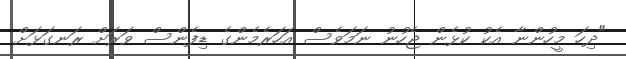
"ދިހަ މީހުންނާ އެކު ކުޅެން ޖެހުނު ނަމަވެސް އަހަރެމެންގެ ޑިފެންސް ވަރަށް ރަނގަޅަށް